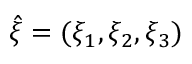
\hat { \xi } = ( \xi _ { 1 } , \xi _ { 2 } , \xi _ { 3 } )